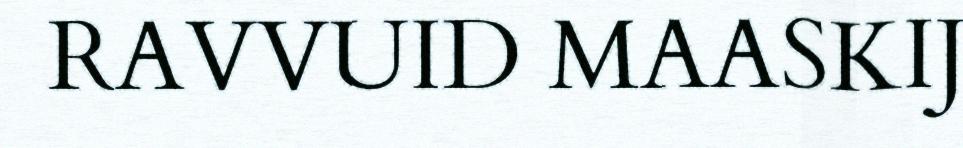
RAVVUID MAASKIJ